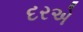
દરએ